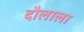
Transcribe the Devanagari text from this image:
दौलाला